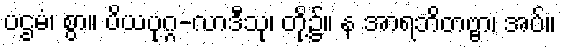
ပဌမံ၊ စွာ။ ပိယပုဂ္ဂ-လာဒီသု၊ တို့၌။ န အာရဘိတဗ္ဗာ၊ အပ်။